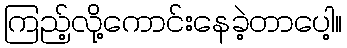
ကြည့်လို့ကောင်းနေခဲ့တာပေါ့။